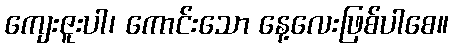
ကျေးဇူးပါ၊ ကောင်းသော နေ့လေးဖြစ်ပါစေ။